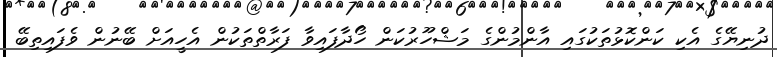
ދުނިޔޭގެ އެކި ކަންކޮޅުތަކުގައި އާންމުންގެ މަޝްހޫރުކަން ހޯދާފައިވާ ފަރާތްތަކުން އެހީއަށް ބޭނުން ވެފައިތިބޭ